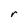
Character: r